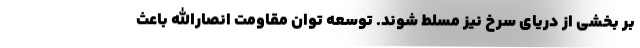
بر بخشی از دریای سرخ نیز مسلط شوند. توسعه توان مقاومت انصارالله باعث